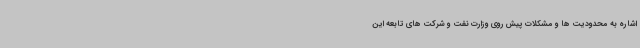
اشاره به محدودیت ها و مشکلات پیش روی وزارت نفت و شرکت های تابعه این